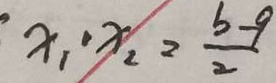
x _ { 1 } \cdot x _ { 2 } = \frac { b - 9 } { 2 }